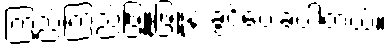
ကြည်ကြည်ဖြူဖြူနဲ့ ခွင့်ပေးခဲ့ပါတယ်။